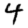
Digit: 4